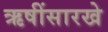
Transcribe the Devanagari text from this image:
ऋषींसारखे